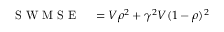
\begin{array} { r l } { \mathrm { ~ S ~ W ~ M ~ S ~ E ~ } } & { { } = V \rho ^ { 2 } + \gamma ^ { 2 } V ( 1 - \rho ) ^ { 2 } } \end{array}